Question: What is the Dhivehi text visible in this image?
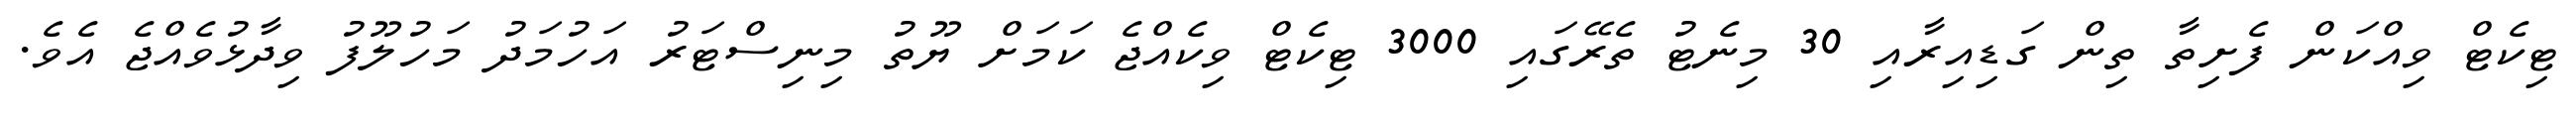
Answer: ޓިކެޓް ވިއްކަން ފެށިތާ ތިން ގަޑިއިރާއި 30 މިނެޓު ތެރޭގައި 3000 ޓިކެޓް ވިކެއްޖެ ކަމަށް ޔޫތު މިނިސްޓަރު އަހުމަދު މަހުލޫފު ވިދާޅުވެއްޖެ އެވެ.